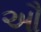
ઔ